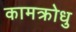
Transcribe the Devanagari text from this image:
कामक्रोधु